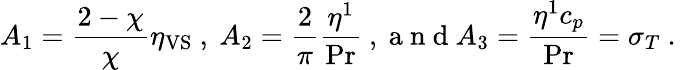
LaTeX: A_{1}=\frac{2-\chi}{\chi}\eta_{\mathrm{VS}}\mathrm{~,~}A_{2}=\frac{2}{\pi}\frac{\eta^{1}}{\operatorname*{Pr}}\mathrm{~,~a~n~d~}A_{3}=\frac{\eta^{1}c_{p}}{\operatorname*{Pr}}=\sigma_{T}\mathrm{~.~}